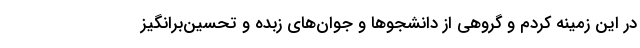
در این زمینه کردم و گروهی از دانشجوها و جوان‌های زبده و تحسین‌برانگیز